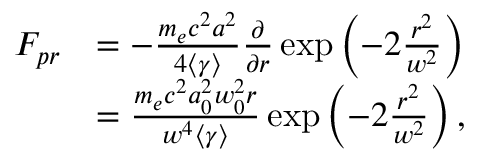
\begin{array} { r l } { F _ { p r } } & { = - \frac { m _ { e } c ^ { 2 } a ^ { 2 } } { 4 \left< \gamma \right> } \frac { \partial } { \partial r } \exp \left( - 2 \frac { r ^ { 2 } } { w ^ { 2 } } \right) } \\ & { = \frac { m _ { e } c ^ { 2 } a _ { 0 } ^ { 2 } w _ { 0 } ^ { 2 } r } { w ^ { 4 } \left< \gamma \right> } \exp \left( - 2 \frac { r ^ { 2 } } { w ^ { 2 } } \right) , } \end{array}